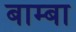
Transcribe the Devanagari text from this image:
बाम्बा